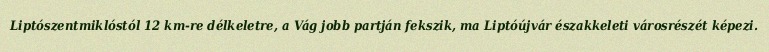
Liptószentmiklóstól 12 km-re délkeletre, a Vág jobb partján fekszik, ma Liptóújvár északkeleti városrészét képezi.